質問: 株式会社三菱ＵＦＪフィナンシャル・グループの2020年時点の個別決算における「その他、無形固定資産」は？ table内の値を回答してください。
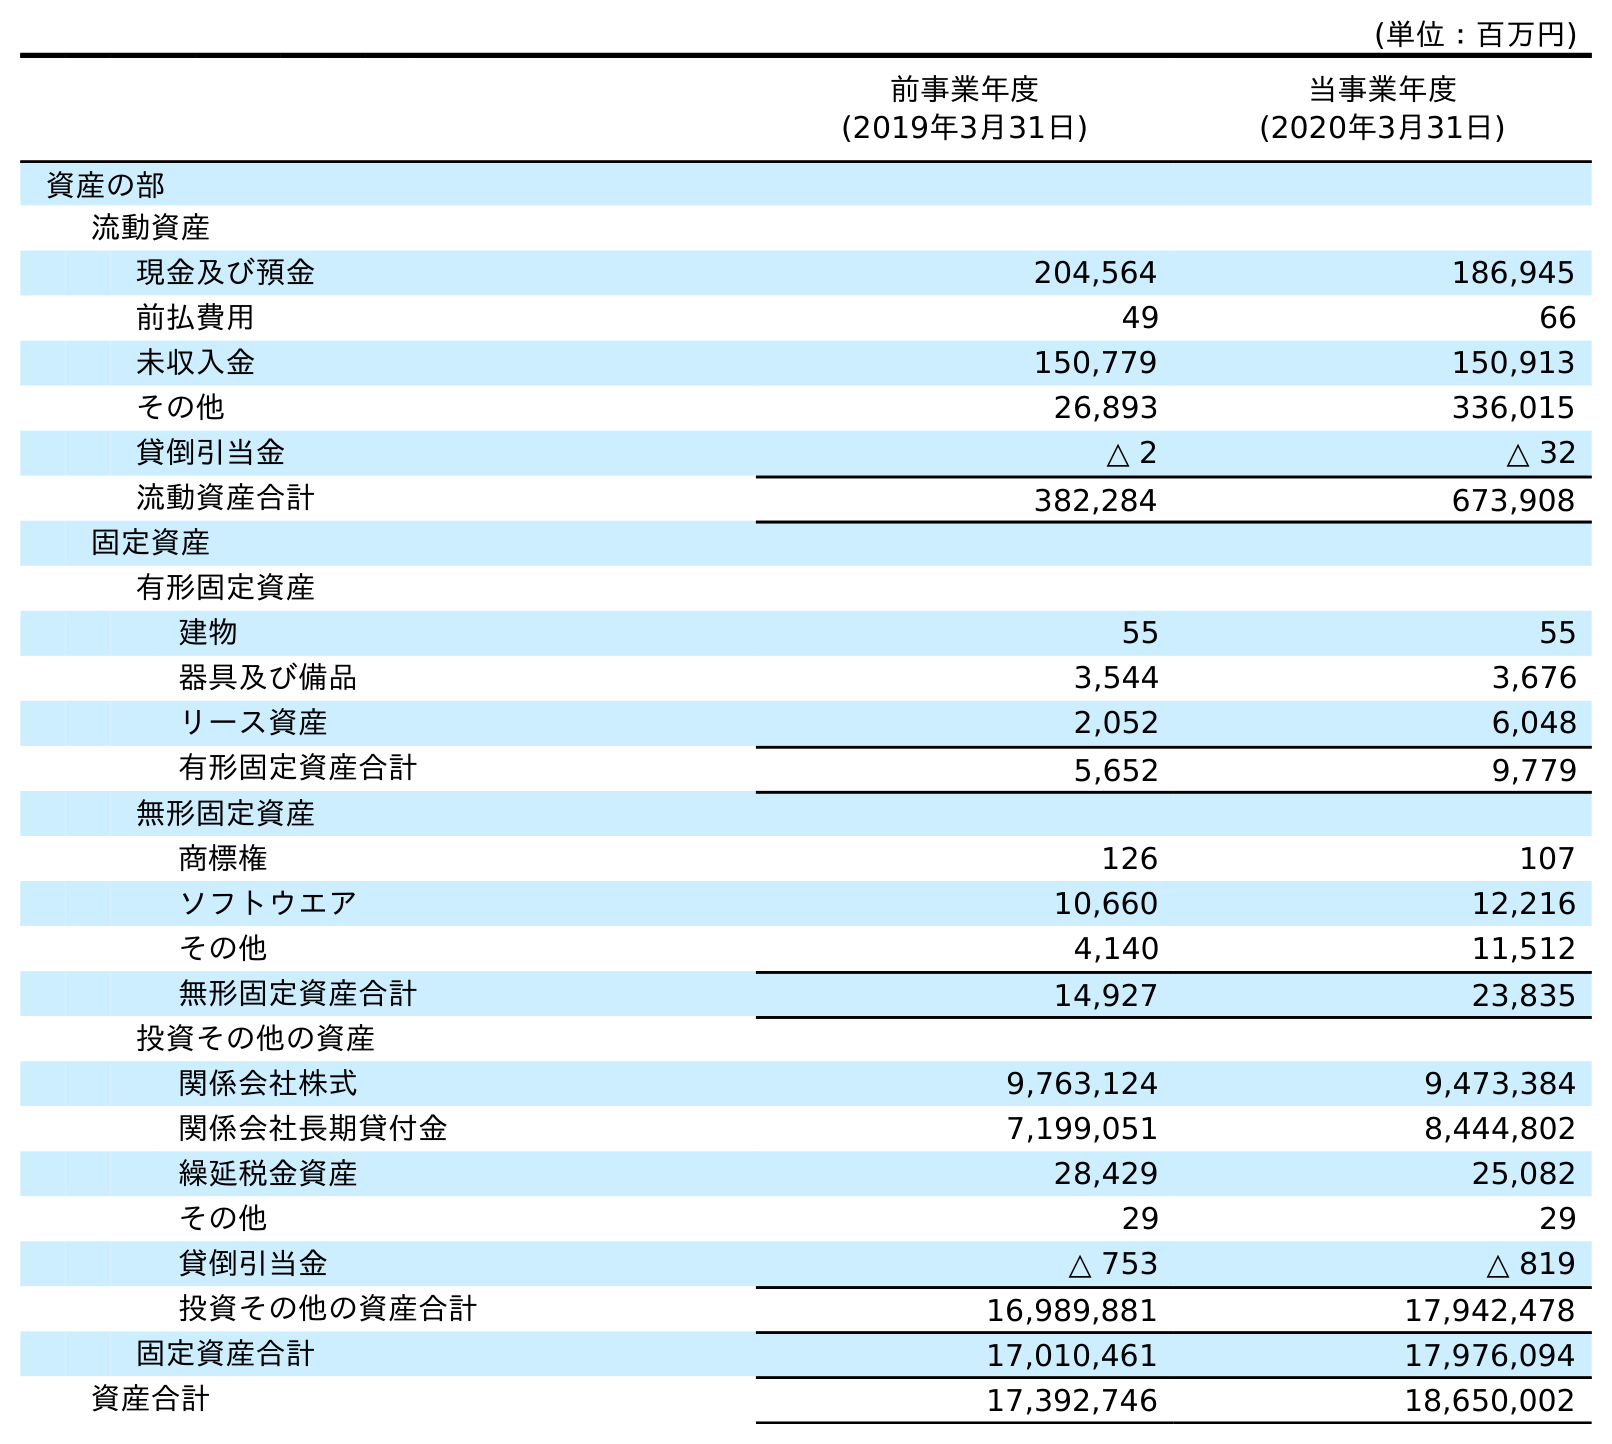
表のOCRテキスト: (単位：百万円) 前事業年度 (2019年3月31日) 当事業年度 (2020年3月31日) 資産の部 流動資産 現金及び預金 204,564 186,945 前払費用 49 66 未収入金 150,779 150,913 その他 26,893 336,015 貸倒引当金 △ 2 △ 32 流動資産合計 382,284 673,908 固定資産 有形固定資産 建物 55 55 器具及び備品 3,544 3,676 リース資産 2,052 6,048 有形固定資産合計 5,652 9,779 無形固定資産 商標権 126 107 ソフトウエア 10,660 12,216 その他 4,140 11,512 無形固定資産合計 14,927 23,835 投資その他の資産 関係会社株式 9,763,124 9,473,384 関係会社長期貸付金 7,199,051 8,444,802 繰延税金資産 28,429 25,082 その他 29 29 貸倒引当金 △ 753 △ 819 投資その他の資産合計 16,989,881 17,942,478 固定資産合計 17,010,461 17,976,094 資産合計 17,392,746 18,650,002
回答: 11,512